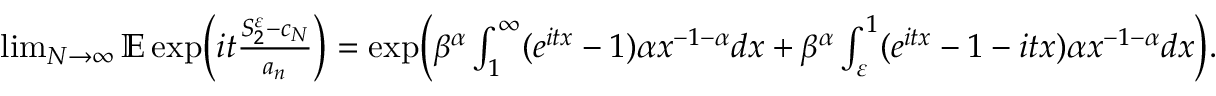
\begin{array} { r } { \operatorname* { l i m } _ { N \to \infty } \mathbb E \exp \Bigl ( i t \frac { S _ { 2 } ^ { \varepsilon } - c _ { N } } { a _ { n } } \Bigr ) = \exp \Bigl ( \beta ^ { \alpha } \int _ { 1 } ^ { \infty } ( e ^ { i t x } - 1 ) \alpha x ^ { - 1 - \alpha } d x + \beta ^ { \alpha } \int _ { \varepsilon } ^ { 1 } ( e ^ { i t x } - 1 - i t x ) \alpha x ^ { - 1 - \alpha } d x \Bigr ) . } \end{array}